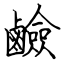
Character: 鹼